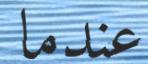
عندما